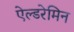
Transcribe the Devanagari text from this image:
ऐल्डरेमिन